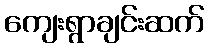
ကျေးရွာချင်းဆက်